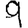
Digit: 9